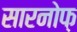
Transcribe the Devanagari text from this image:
सारनोफ़